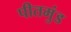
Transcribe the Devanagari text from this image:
पीतमुंड